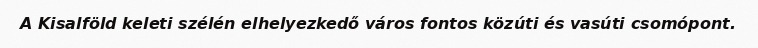
A Kisalföld keleti szélén elhelyezkedő város fontos közúti és vasúti csomópont.